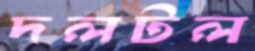
দলটল